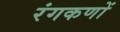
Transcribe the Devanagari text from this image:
रंगकणों